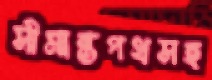
সীমান্তপথসহ